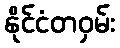
နိုင်ငံတဝှမ်း